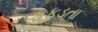
ફફડતા